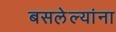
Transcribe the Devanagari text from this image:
बसलेल्यांना